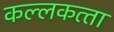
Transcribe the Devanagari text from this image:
कल्‍लकत्‍ता